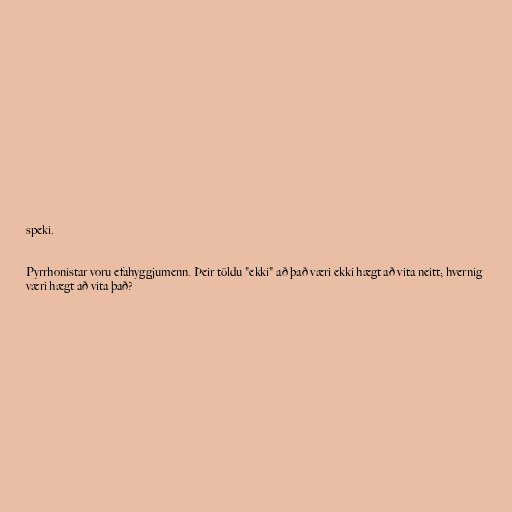
speki.

Pyrrhonistar voru efahyggjumenn. Þeir töldu "ekki" að það væri ekki hægt að vita neitt; hvernig
væri hægt að vita það?